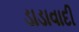
ડાડાવાદી